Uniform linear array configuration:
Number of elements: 12
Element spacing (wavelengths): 0.25
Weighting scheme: hamming
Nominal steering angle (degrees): -45
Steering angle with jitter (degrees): -43.53
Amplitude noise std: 0.05
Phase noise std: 0.05

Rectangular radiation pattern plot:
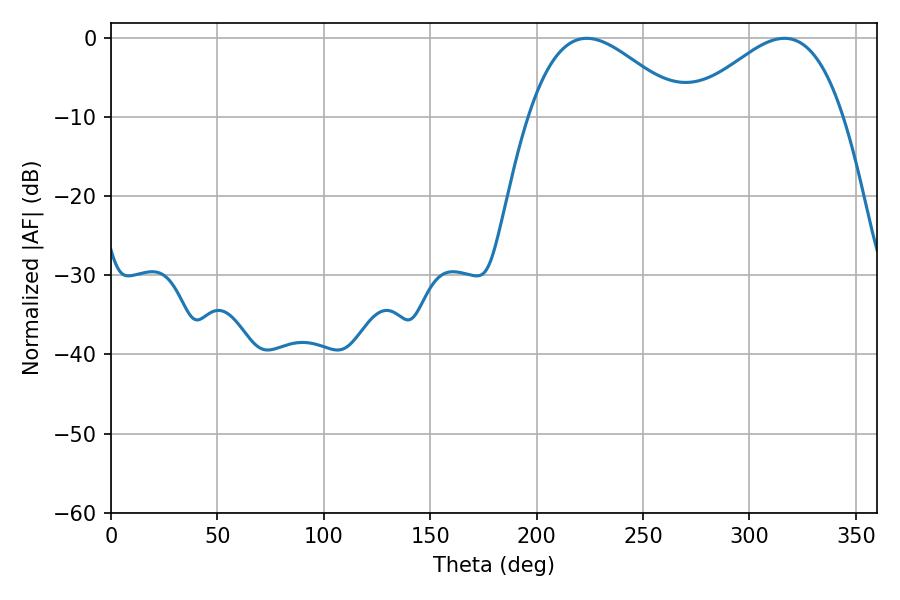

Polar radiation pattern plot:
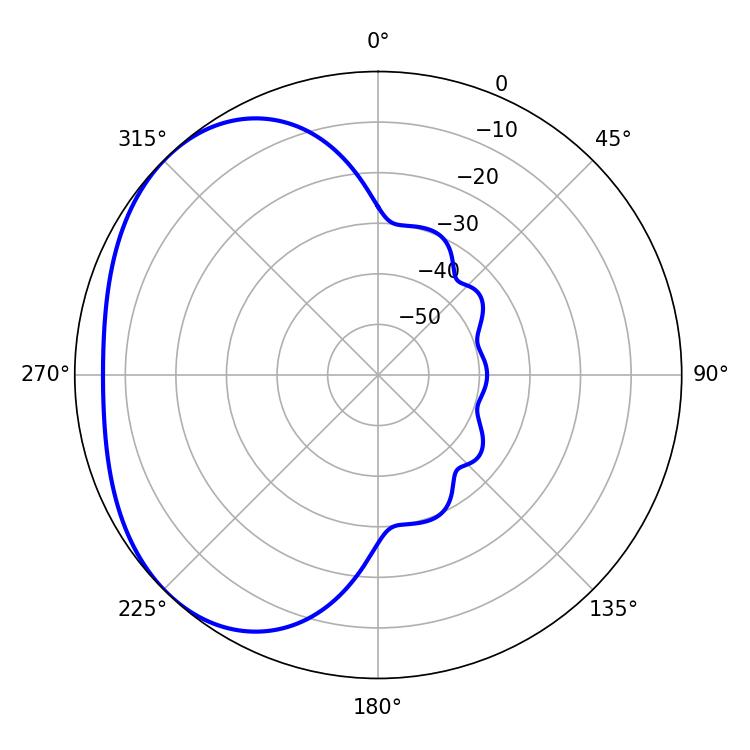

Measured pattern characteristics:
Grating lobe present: FALSE
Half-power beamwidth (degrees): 39.42
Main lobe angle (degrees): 223.56